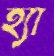
হ্যা